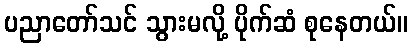
ပညာတော်သင် သွားမလို့ ပိုက်ဆံ စုနေတယ်။